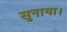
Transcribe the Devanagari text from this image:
सुनाया।